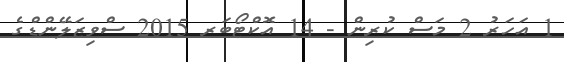
1 އަހަރު 2 މަސް ކުރިން - 14 އޮކްޓޯބަރ 2015 ސްވިޒަލޭންޑްގެ